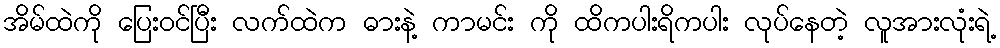
အိမ်ထဲကို ပြေးဝင်ပြီး လက်ထဲက ဓားနဲ့ ကာမင်း ကို ထိကပါးရိကပါး လုပ်နေတဲ့ လူအားလုံးရဲ့